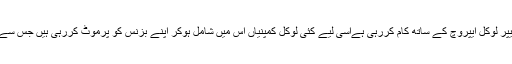
اب انجام آپکے سامنے ہے- یہ ایپ ہائیپر لوکل ایپروچ کے ساتھ کام کررہی ہےاسی لیے کئی لوکل کمپنیاں اس میں شامل ہوکر اپنے بزنس کو پرموٹ کررہی ہیں جس سے کمپنی کےلیے ریوینیو جنریٹ ہوگا ۔